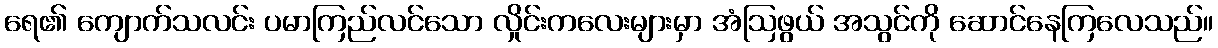
ရေ၏ ကျောက်သလင်း ပမာကြည်လင်သော လှိုင်းကလေးများမှာ အံဩဖွယ် အသွင်ကို ဆောင်နေကြလေသည်။